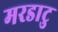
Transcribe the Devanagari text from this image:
मरडाटु